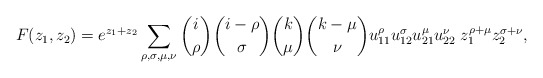
\begin{align*}F(z_1,z_2)=e^{z_1+z_2}\sum_{\rho,\sigma,\mu,\nu}\binom{i}{\rho}\binom{i-\rho}{\sigma}\binom{k}{\mu}\binom{k-\mu}{\nu}u_{11}^{\rho}u_{12}^{\sigma}u_{21}^{\mu}u_{22}^{\nu}\;z_1^{\rho+\mu}z_2^{\sigma+\nu},\end{align*}